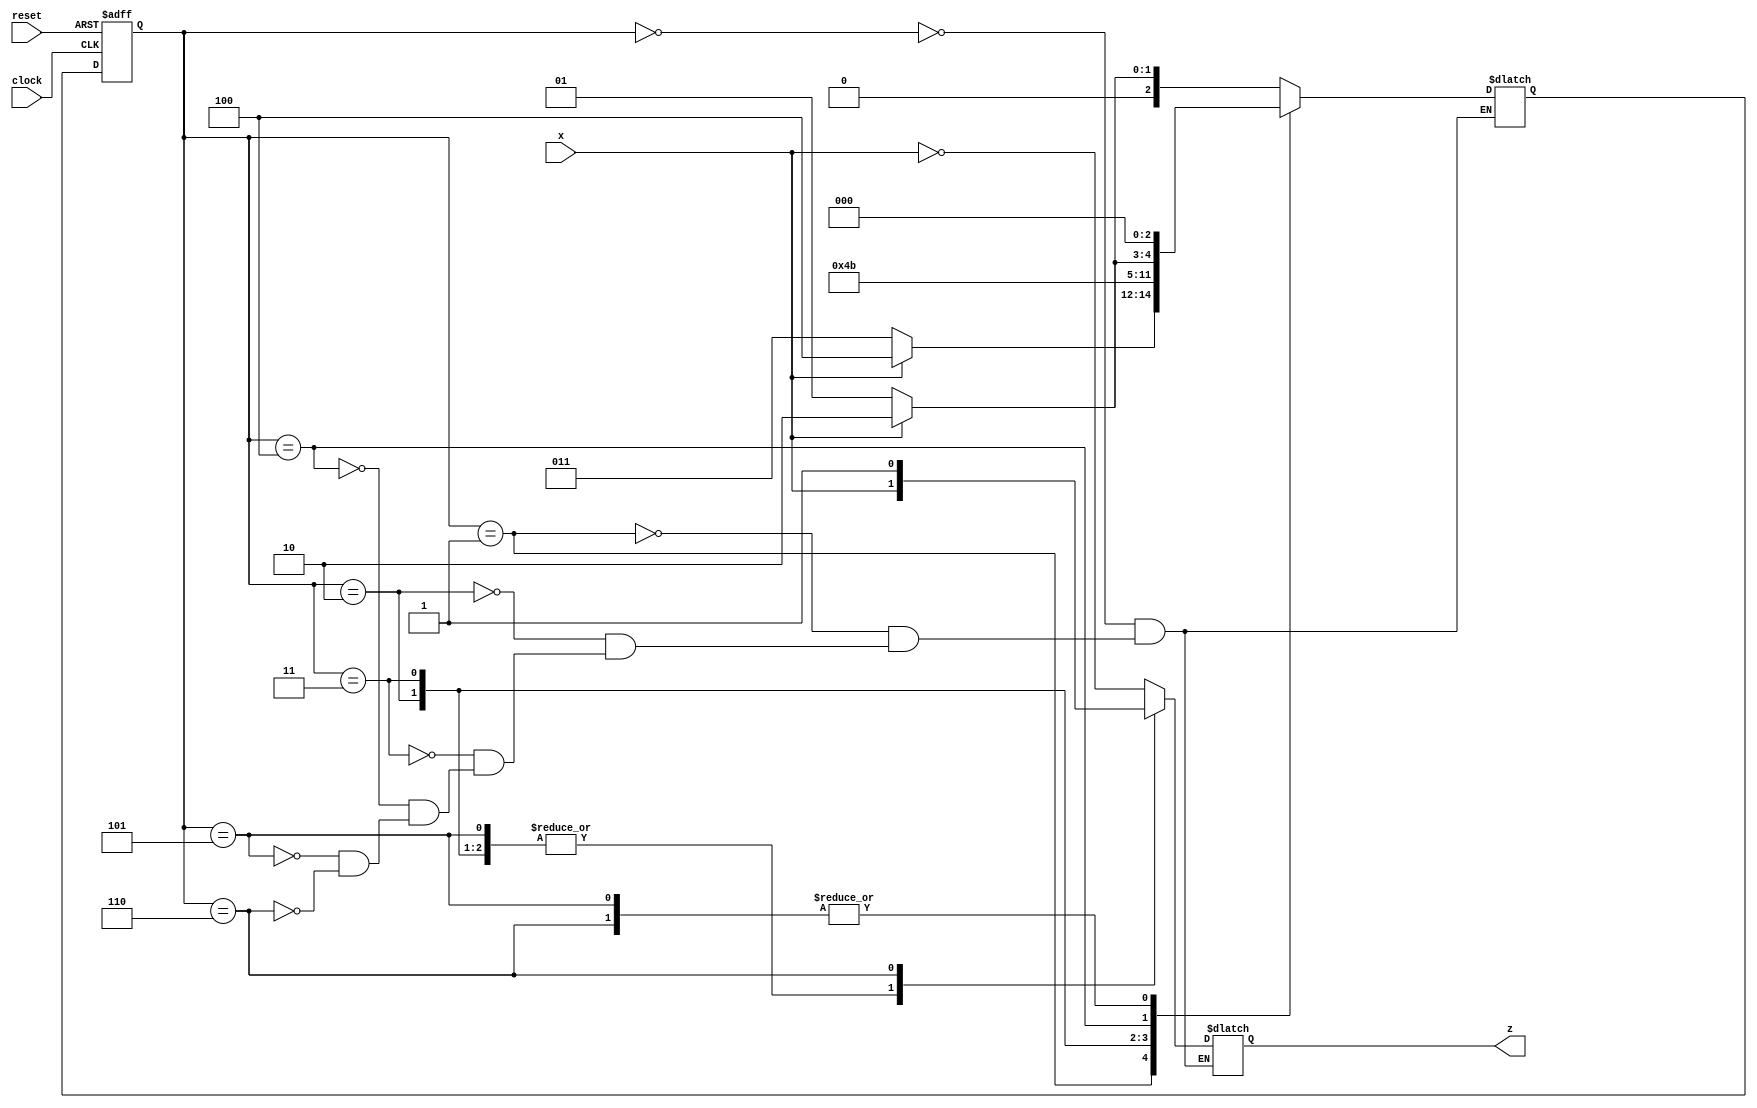
module Lab3_BCD_to_Excess3_state_diagram(output reg z, input x, clock, reset);

    reg [2:0] state, next_state;
    parameter S0 = 3'b000, S1 = 3'b001, S2 = 3'b010, S3 = 3'b011,
              S4 = 3'b100, S5 = 3'b101, S6 = 3'b110;

    always @(posedge clock, negedge reset)
    if (reset == 0)
        state <= S0;
    else
        state <= next_state;

    always @(state, x)
        case(state)
            S0:
                if(x) next_state <= S2;
                else  next_state <= S1;
            S1:
                if(x) next_state <= S4;
                else  next_state <= S3;
            S2: next_state <= S4;
            S3: next_state <= S5;
            S4:
                if(x) next_state <= S6;
                else  next_state <= S5;
            S5: next_state <= S0;
            S6: next_state <= S0;
        endcase

    always @(state, x)
        case(state)
            S0: z <= ~x;
            S1: z <= ~x;
            S2: z <= x;
            S3: z <= x;
            S4: z <= ~x;
            S5: z <= x;
            S6: z <= 1;
        endcase

endmodule